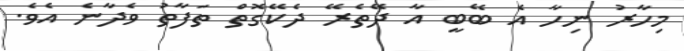
މިހާރު ނިހާ އެ ބޭބީ އާ ދޭތެރޭ ދެކޭގޮތް ތަފާތު ވެދާނެ އެވެ.